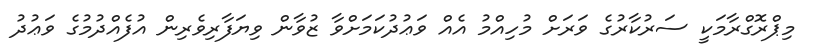
މިޕްރޮގްރާމަކީ ސަރުކާރުގެ ވަރަށް މުހިއްމު އެއް ވަޢުދުކަމަށްވާ ޒުވާން ވިޔަފާރިވެރިން އުފެއްދުމުގެ ވަޢުދު